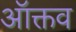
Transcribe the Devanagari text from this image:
ऑक्तव